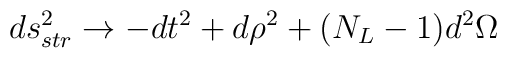
ds^2_{str} \rightarrow-dt^2 + d\rho^2 +  (N_L-1) d^2 \Omega